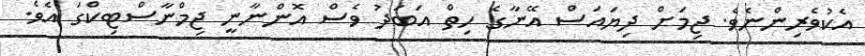
އެކުވެރިންނެވެ. ޖިމަށް ދިޔައަސް އޭނާގެ ހިތް އަބަދު ވެސް އޮންނާނީ ޖިމްނާސްޓިކްގަ އެވެ.